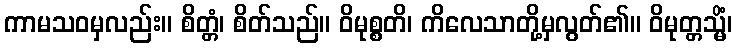
ကာမသဝမှလည်း။ စိတ္တံ၊ စိတ်သည်။ ဝိမုစ္စတိ၊ ကိလေသာတို့မှလွတ်၏။ ဝိမုတ္တသ္မိံ၊